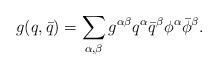
LaTeX: \begin{align*}g(q,\bar q)=\sum_{\alpha,\beta}g^{\alpha\beta}q^{\alpha}\bar q^{\beta}\phi^{\alpha}\bar \phi^{\beta}.\end{align*}